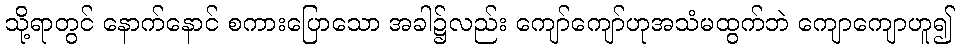
သို့ရာတွင် နောက်နောင် စကားပြောသော အခါ၌လည်း ကျော်ကျော်ဟုအသံမထွက်ဘဲ ကျောကျောဟူ၍